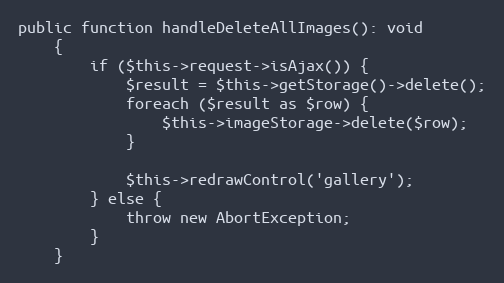
Language: PHP
public function handleDeleteAllImages(): void
	{
		if ($this->request->isAjax()) {
			$result = $this->getStorage()->delete();
			foreach ($result as $row) {
				$this->imageStorage->delete($row);
			}

			$this->redrawControl('gallery');
		} else {
			throw new AbortException;
		}
	}